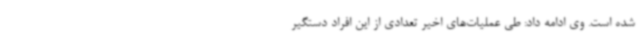
شده است. وی ادامه داد: طی عملیات‌های اخیر تعدادی از این افراد دستگیر